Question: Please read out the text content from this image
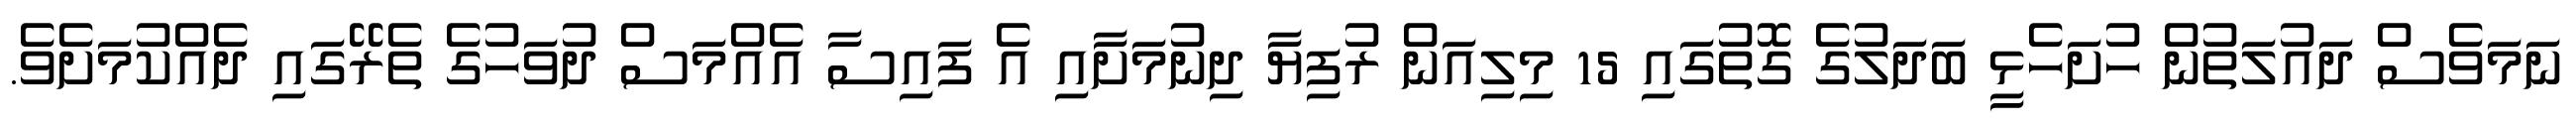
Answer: ނަމަވެސް ދައުލަތުން ހުށަހެޅީ ބަދަލުގެ ގޮތުގައި 15 މިލިއަން ރުފިޔާ ދިނުމަށާއި އެ ފައިސާ އެއްމަސް ދުވަހުގެ ތެރޭގައި ދެއްކުމަށެވެ.